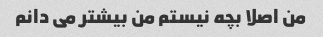
من اصلا بچه نیستم من بیشتر می دانم